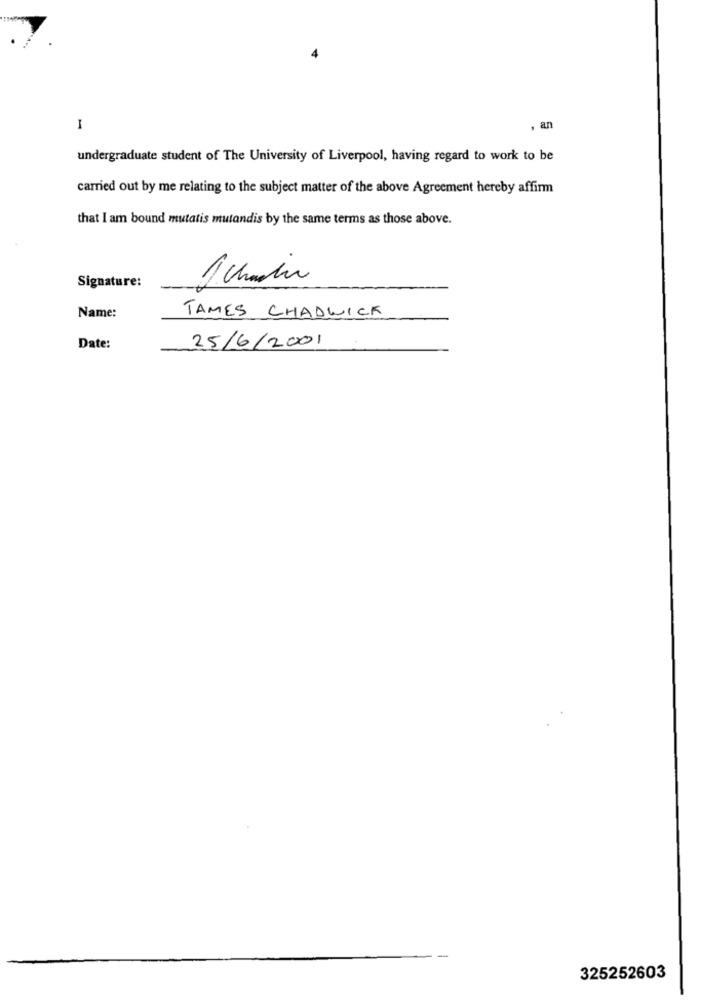
I
, an
undergraduate student of The University of Liverpool, having regard to work to be
carried out by me relating to the subject matter of the above Agreement hereby affirm
that I am bound mutatis mutandis by the same terms as those above.
Signature:
Name:
TAMES CHADWICK
Date:
25/6/2001
325252603